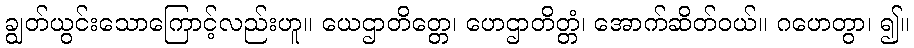
ချွတ်ယွင်းသောကြောင့်လည်းဟူ။ ယေဌာတိတ္တေ၊ ဟေဌာတိတ္တံ၊ အောက်ဆိတ်ဝယ်။ ဂဟေတွာ၊ ၍။